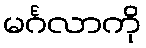
မင်္ဂလာကို